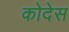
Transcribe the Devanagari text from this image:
कोदेस